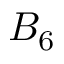
B _ { 6 }